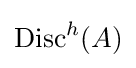
\operatorname {Disc} ^{h}(A)